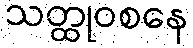
သတ္ထုဝစနေ